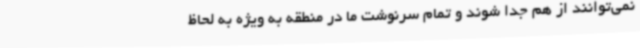
نمی‌توانند از هم جدا شوند و تمام سرنوشت ما در منطقه به ویژه به لحاظ